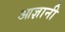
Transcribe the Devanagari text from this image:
आज्ञानी